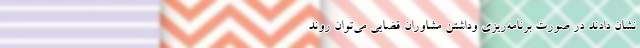
نشان دادند در صورت برنامه‌ریزی وداشتن مشاوران قضایی می‌توان روند